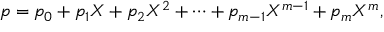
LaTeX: p = p _ { 0 } + p _ { 1 } X + p _ { 2 } X ^ { 2 } + \cdots + p _ { m - 1 } X ^ { m - 1 } + p _ { m } X ^ { m } ,